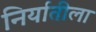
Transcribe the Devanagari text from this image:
निर्यातीला